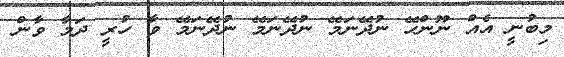
މިބުނީ އެއް ނޫންހޭ ނުދޭނަމޭ ނުދޭނަމޭ ނުދޭނަމޭ ވާ ހުރީ ދަމާ ވާން